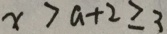
x > a + 2 \geqslant 3